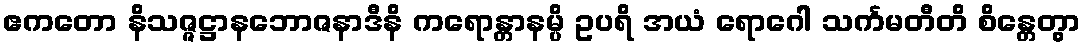
ဧကတော နိသဇ္ဇဋ္ဌာနဘောဇနာဒီနိ ကရောန္တာနမ္ပိ ဥပရိ အယံ ရောဂေါ သင်္ကမတီတိ စိန္တေတွာ